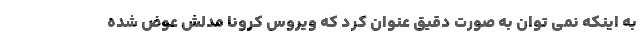
به اینکه نمی توان به صورت دقیق عنوان کرد که ویروس کرونا مدلش عوض شده